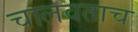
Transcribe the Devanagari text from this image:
चालवताच